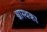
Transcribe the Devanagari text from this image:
श्वास्थका